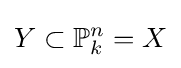
Y\subset \mathbb {P} _{k}^{n}=X